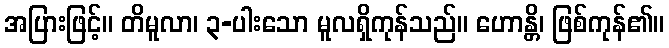
အပြားဖြင့်။ တိမူလာ၊ ၃-ပါးသော မူလရှိကုန်သည်။ ဟောန္တိ၊ ဖြစ်ကုန်၏။